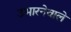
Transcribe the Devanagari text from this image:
उभारनेवाले